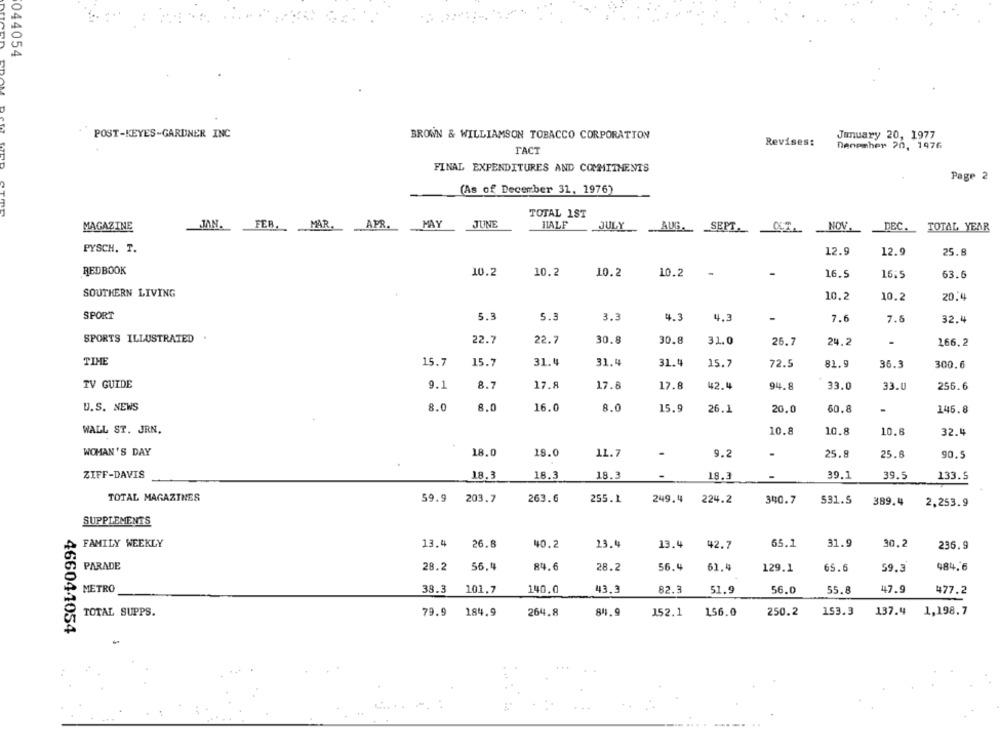
044054
POST-KEYES-GARDNER INC
BROWN & WILLIAMSON TOBACCO CORPORATION
January 20, 1977
Revises:
FACT
Denember 20, 1976
FINAL EXPENDITURES AND COMMITMENTS
Page 2
(As of December 31, 1976)
TOTAL 1ST
MAGAZINE
JUNE
HALF
JAN.
FEB.MAR.
APR. MAY
JULY AUG. SEPT.02.
NOV.
DEC.
TOTAL YEAR
PYSCH. T.
12.9
12.9
25.8
REDBOOK
10.2
10.2
10.2
10.2
-
16.5
16:5
63.6
SOUTHERN LIVING
10.2
10.2
20.4
SPORT
5.3
3.3
5.3
4.3
4.3
7.6
7.5
32.4
SPORTS ILLUSTRATED
22.7
22.7
30.8
30.8
31.0
26.7
24.2
166.2
TIME
15.7
15.7
31.4
31.4
31.4
15.7
72.5
81.9
35.3
300.6
TV GUIDE
9.1
8.7
17.8
17.8
17.8
42.4
94.8
33.0
33.0
256.6
U.S. NEWS
8.0
8.0
16.0
8.0
15.9
26.1
20.0
60.8
146.8
WALL ST. JRN.
10.8
10.8
10.8
32.4
WOMAN'S DAY
18.0
18.0
11.7
-
9.2
25.8
25.6
90.5
ZIFF-DAVIS
18.3
18.3
18.3
18.3
39.1
39.5
133.5
TOTAL MAGAZINES
59.9
203.7
263.6
255.1
249.4
224.2
340.7
531.5
389.4
2.253.9
SUPPLEMENTS
FAMILY WEEKLY
13.4
26.8
40.2
13.4
13.4
42.7
65.1
31.9
30.2
236.9
PARADE
28.2
56.4
84.6
28.2
56.4
61.4
129.1
65.6
59.3
484.6
METRO
38.3
101.7
140.0
43.3
82.3
51.9
56.0
55.8
47.9
477.2
TOTAL SUPPS.
79.9
184.9
264.8
841.9
152.1
156.0
250.2
153.3
137.4
1,198.7
466044054